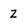
Character: Z